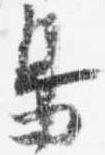
鳥